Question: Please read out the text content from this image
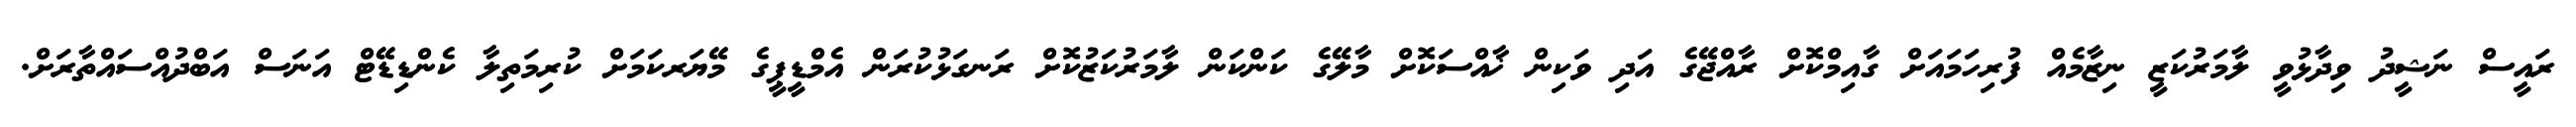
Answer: ރައީސް ނަޝީދު ވިދާޅުވީ ލާމަރުކަޒީ ނިޒާމެއް ފުރިހަމައަށް ގާއިމްކޮށް ރާއްޖޭގެ އަދި ވަކިން ޚާއްސަކޮށް މާލޭގެ ކަންކަން ލާމަރުކަޒުކޮށް ރަނގަޅުކުރަން އެމްޑީޕީގެ މޭޔަރކަމަށް ކުރިމަތިލާ ކެންޑިޑޭޓް އަނަސް އަބްދުއްސައްތާރަށް.